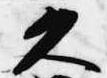
久